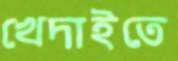
খেদাইতে